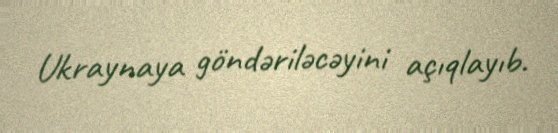
Ukraynaya göndəriləcəyini açıqlayıb.